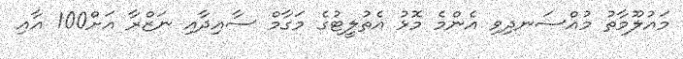
މައުލޫމާތު މުއްސަނދިވި އެންމެ މޮޅު އެތުލީޓުގެ މަގާމް ސާއިދާއި ނަޒްރާ އަށް100 އާއި